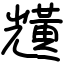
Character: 黋